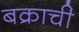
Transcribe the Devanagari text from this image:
बक्राची